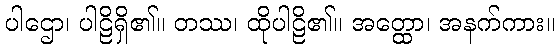
ပါဌော၊ ပါဠိရှိ၏။ တဿ၊ ထိုပါဠိ၏။ အတ္ထော၊ အနက်ကား။